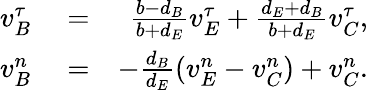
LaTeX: \begin{array}{rlr}{v_{B}^{\tau}}&{{}=}&{\frac{b-d_{B}}{b+d_{E}}v_{E}^{\tau}+\frac{d_{E}+d_{B}}{b+d_{E}}v_{C}^{\tau},}\\ {v_{B}^{n}}&{{}=}&{-\frac{d_{B}}{d_{E}}(v_{E}^{n}-v_{C}^{n})+v_{C}^{n}.}\end{array}